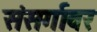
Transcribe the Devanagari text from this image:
संसर्गावर